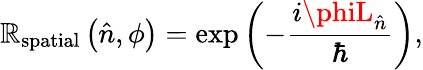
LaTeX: \mathbb{R}_{\mathrm{{spatial}}}\left({\hat{{n}}},\phi\right)=\exp\left(-{\frac{{i\phiL_{\hat{{n}}}}}{{\hbar}}}\right),